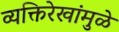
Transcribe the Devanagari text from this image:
व्यक्तिरेखांमुळे